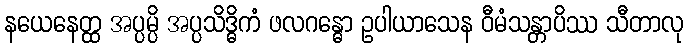
နယေနေတ္ထ အပ္ပမ္ပိ အပ္ပသိဒ္ဓိကံ ဖလဂန္ဓော ဥပါယာသေန ဝီမံသန္တာပိဿ သီတာလု